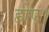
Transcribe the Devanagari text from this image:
होए।